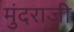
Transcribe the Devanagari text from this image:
मुंदराजी